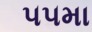
૫૫મા